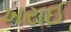
ખરાઈ